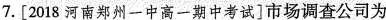
7.[2018河南郑州一中高一期中考试]市场调查公司为